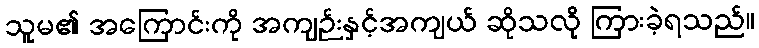
သူမ၏ အကြောင်းကို အကျဉ်းနှင့်အကျယ် ဆိုသလို ကြားခဲ့ရသည်။